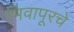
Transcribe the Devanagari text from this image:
भिवापूरचे